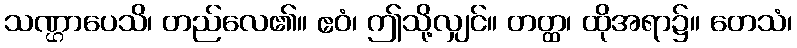
သဏ္ဌာပေသိ၊ တည်လေ၏။ ဧဝံ၊ ဤသို့လျှင်။ တတ္ထ၊ ထိုအရာ၌။ တေသံ၊